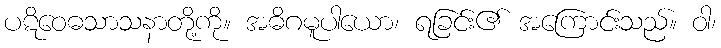
ပဋိဝေဓသာသနာတို့ကို။ အဓိဂမူပါယော၊ ရခြင်း၏ အကြောင်းသည်။ ဝါ၊